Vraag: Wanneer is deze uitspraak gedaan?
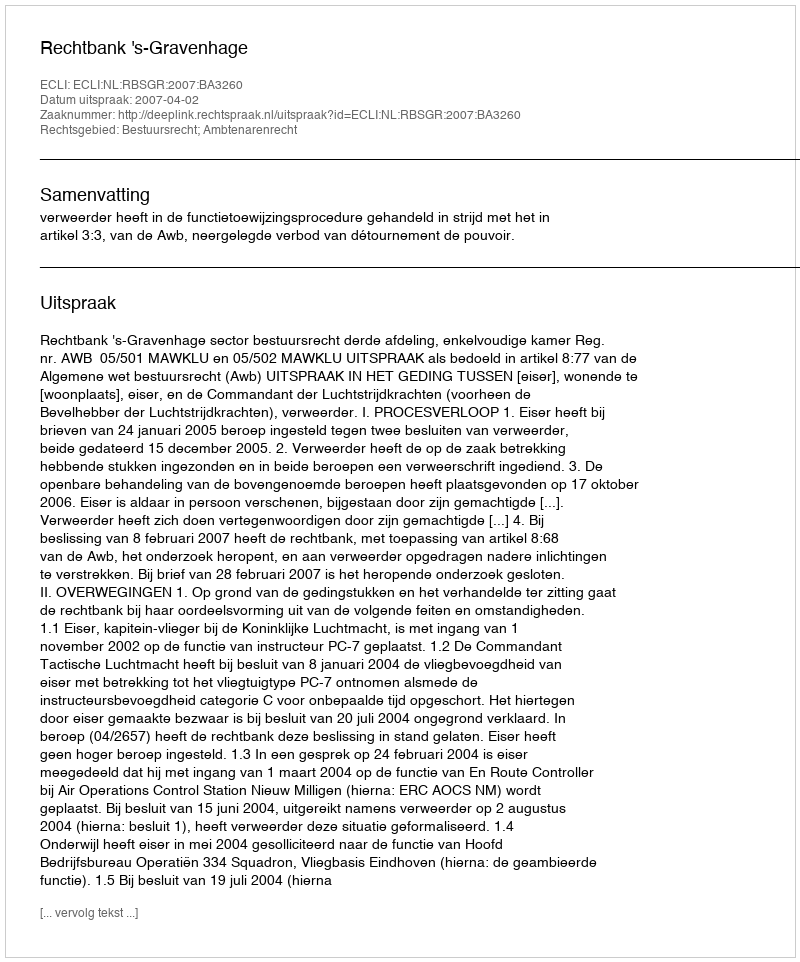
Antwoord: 2007-04-02